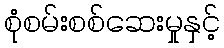
စုံစမ်းစစ်ဆေးမှုနှင့်